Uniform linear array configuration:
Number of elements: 16
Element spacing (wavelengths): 1
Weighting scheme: kaiser
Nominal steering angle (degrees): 0
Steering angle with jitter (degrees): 1.386
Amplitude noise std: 0.05
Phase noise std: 0.05

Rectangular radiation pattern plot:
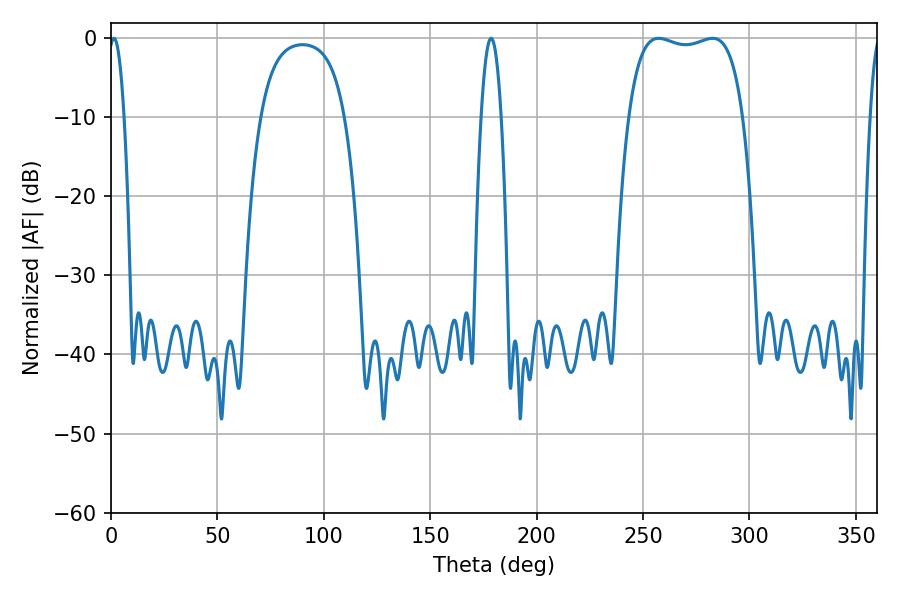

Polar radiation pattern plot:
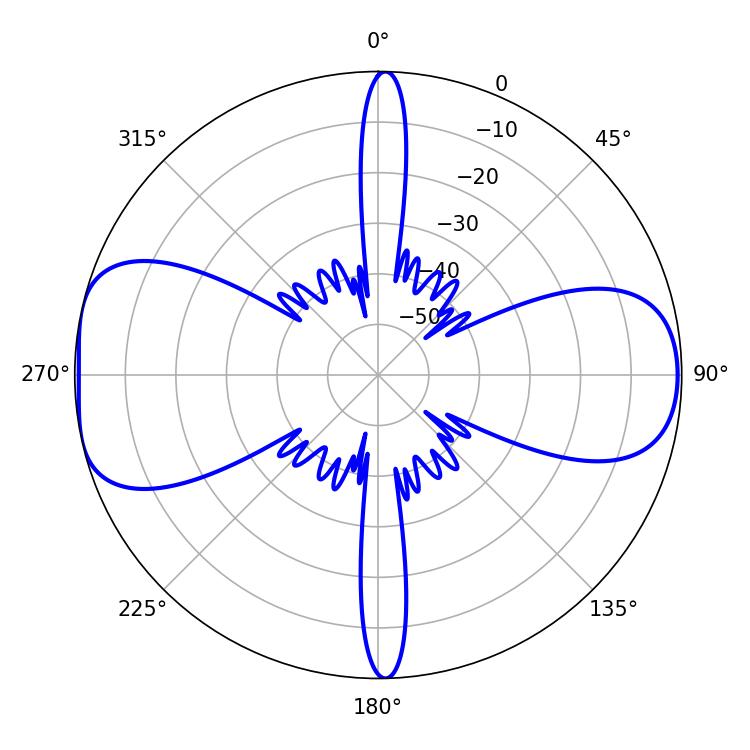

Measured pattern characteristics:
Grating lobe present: TRUE
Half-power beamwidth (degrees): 43.2
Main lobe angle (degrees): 257.4